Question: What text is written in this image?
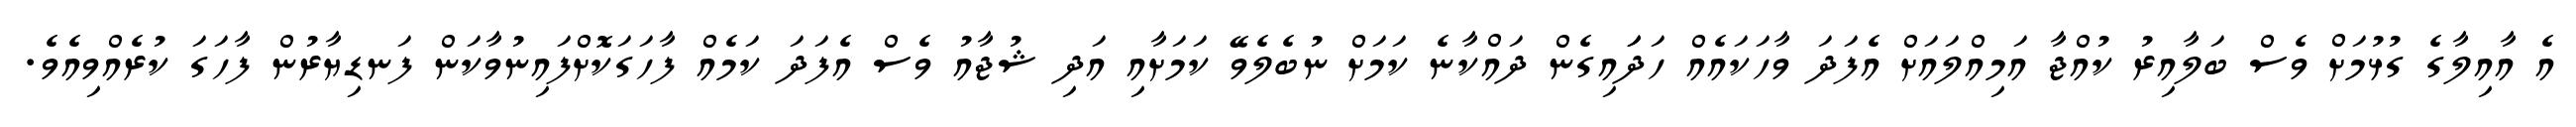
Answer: އެ އާއިލާގެ ގުޅުމަށް ވެސް ބަލާއިރު ކުއްޖާ އަމިއްލައަށް އެފަދަ ވާހަކައެއް ހަދަައިގެން ދައްކާނެ ކަމަށް ނުބެލެވޭ ކަމަށާއި އަދި ޝުޖާއު ވެސް އެފަދަ ކަމެއް ފާހަގަކޮށްފައިނުވާކަން ފަނޑިޔާރުން ފާހަގަ ކުރެއްވިއެވެ.